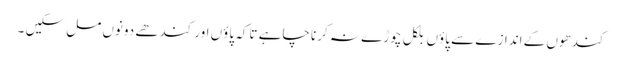
کندھوں کے اندازے سے پاؤں بلکل چوڑے نہ کرنا چاہے تاکہ پاؤں اور کندھے دونوں مل سکیں ۔